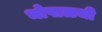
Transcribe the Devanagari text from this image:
भोपाळची